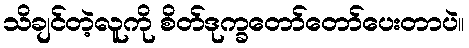
သိချင်တဲ့လူကို စိတ်ဒုက္ခတော်တော်ပေးတာပဲ။